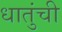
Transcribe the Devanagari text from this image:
धातुंची